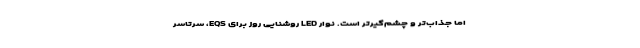
اما جذاب‌تر و چشم‌گیرتر است. نوار LED روشنایی روز برای EQS، سرتاسر